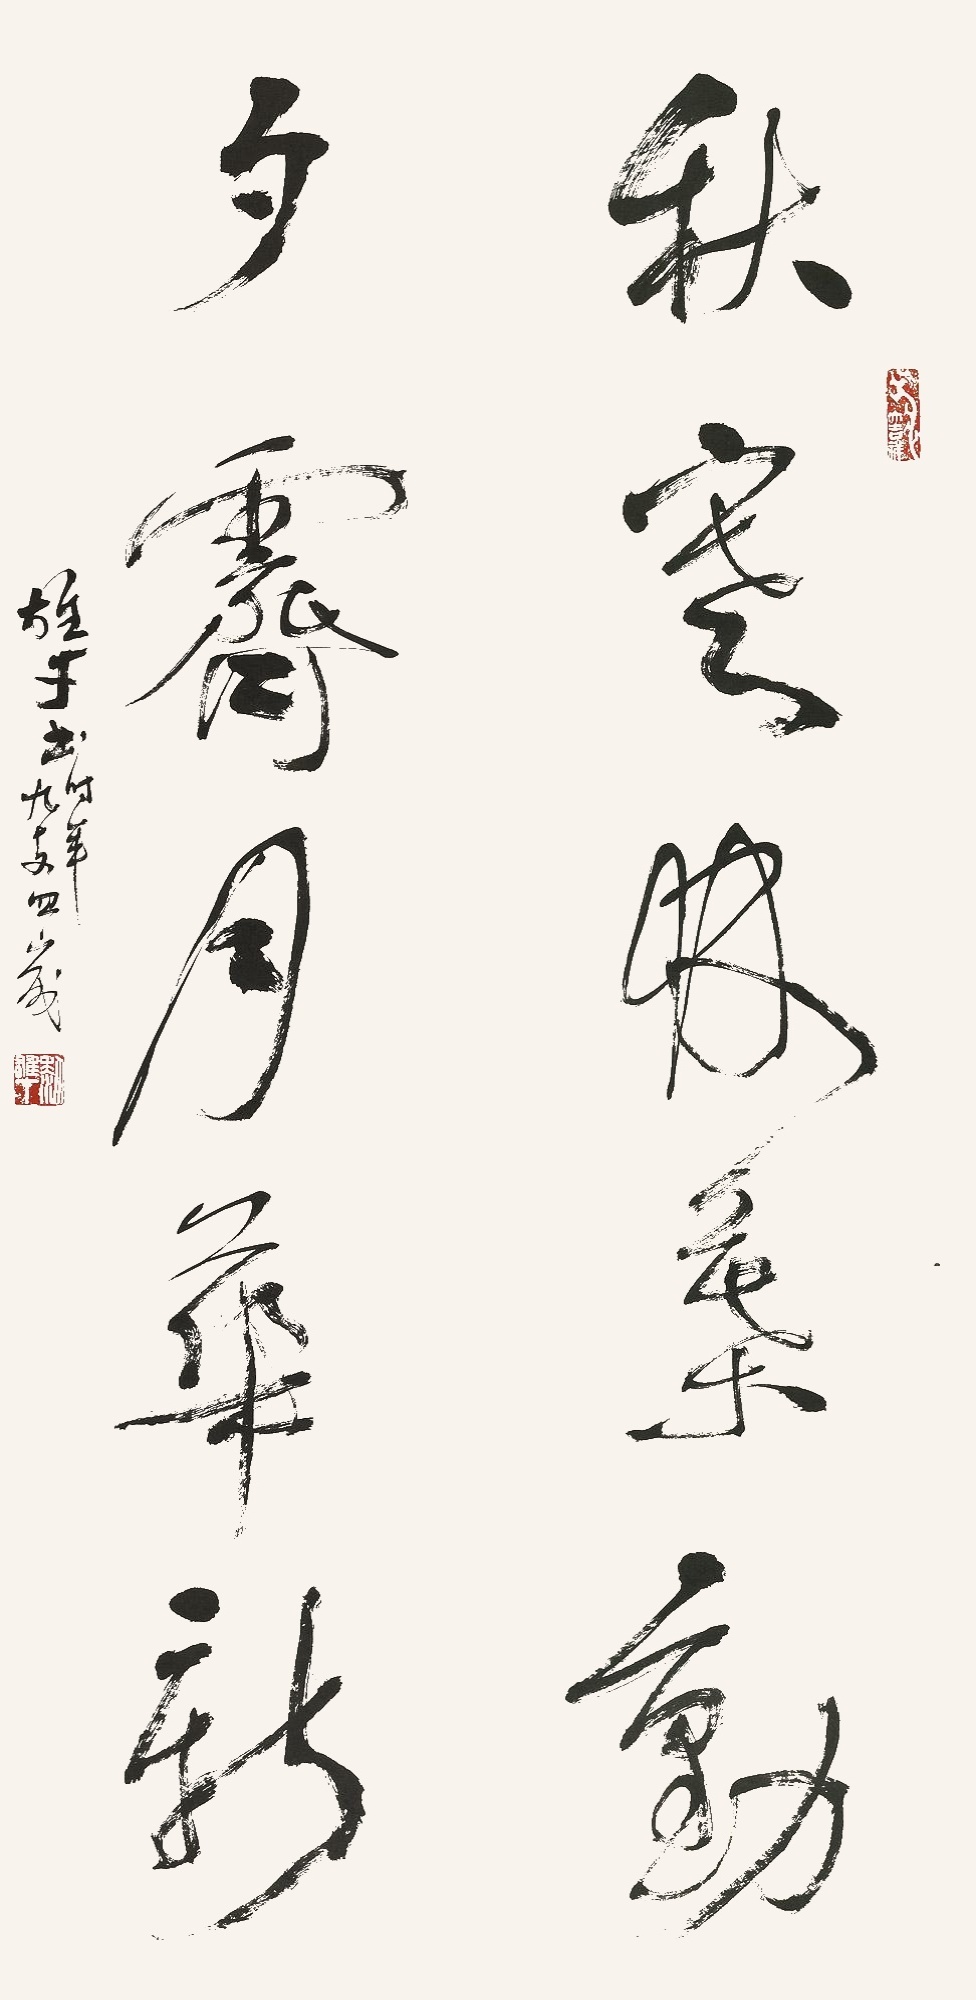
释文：秋寒林叶动，夕霁月华新。雄才书，时年九十又四岁。